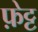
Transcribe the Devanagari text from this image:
फ़ेट्ट